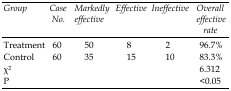
<table><thead><tr><td><b>Group</b></td><td><b>Case No.</b></td><td><b>Markedly effective</b></td><td><b>Effective</b></td><td><b>Ineffective</b></td><td><b>Overall effective rate</b></td></tr></thead><tbody><tr><td>Treatment</td><td>60</td><td>50</td><td>8</td><td>2</td><td>96.7%</td></tr><tr><td>Control</td><td>60</td><td>35</td><td>15</td><td>10</td><td>83.3%</td></tr><tr><td>χ2</td><td></td><td></td><td></td><td></td><td>6.312</td></tr><tr><td>P</td><td></td><td></td><td></td><td></td><td>&lt;0.05</td></tr></tbody></table>